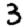
Digit: 3